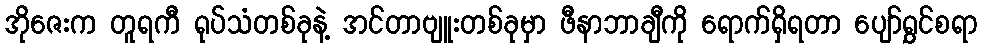
အိုဇေးက တူရကီ ရုပ်သံတစ်ခုနဲ့ အင်တာဗျူးတစ်ခုမှာ ဖီနာဘာချီကို ရောက်ရှိရတာ ပျော်ရွှင်စရာ